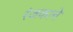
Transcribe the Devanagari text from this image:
रंजकाने